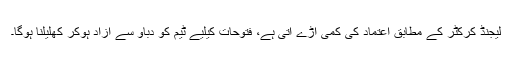
لیجنڈ کرکٹر کے مطابق اعتماد کی کمی آڑے آتی ہے، فتوحات کیلیے ٹیم کو دباؤ سے آزاد ہوکر کھلیلنا ہوگا۔